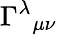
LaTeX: \Gamma^{\lambda}{}_{\mu\nu}